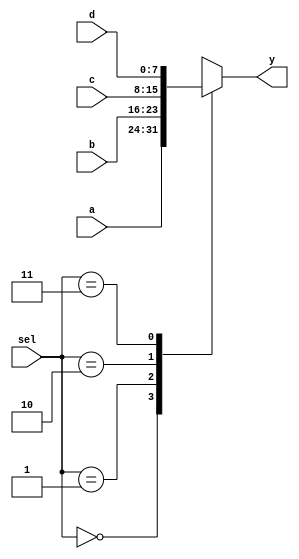
module mux4 #(parameter WIDTH = 8) (
        input  wire  [1:0]sel,
        input  wire [WIDTH-1:0] a,
        input  wire [WIDTH-1:0] b,
        input  wire [WIDTH-1:0] c,
        input  wire [WIDTH-1:0] d,         
        output reg [WIDTH-1:0] y
    );

always@(*)
begin
    case(sel)
        2'b00: y = a;
        2'b01: y = b;
        2'b10: y = c;
        2'b11: y = d;        
        default: y = a;
    endcase  
end

endmodule